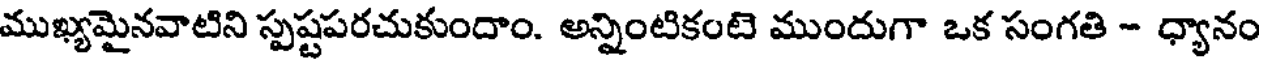
ముఖ్యమైనవాటిని స్పష్టపరచుకుందాం. అన్నింటికంటె ముందుగా ఒక సంగతి - ధ్యానం